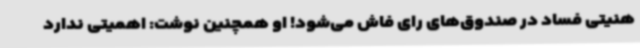
هنیتی فساد در صندوق‌های رای فاش می‌شود! او همچنین نوشت: اهمیتی ندارد